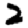
Digit: 2